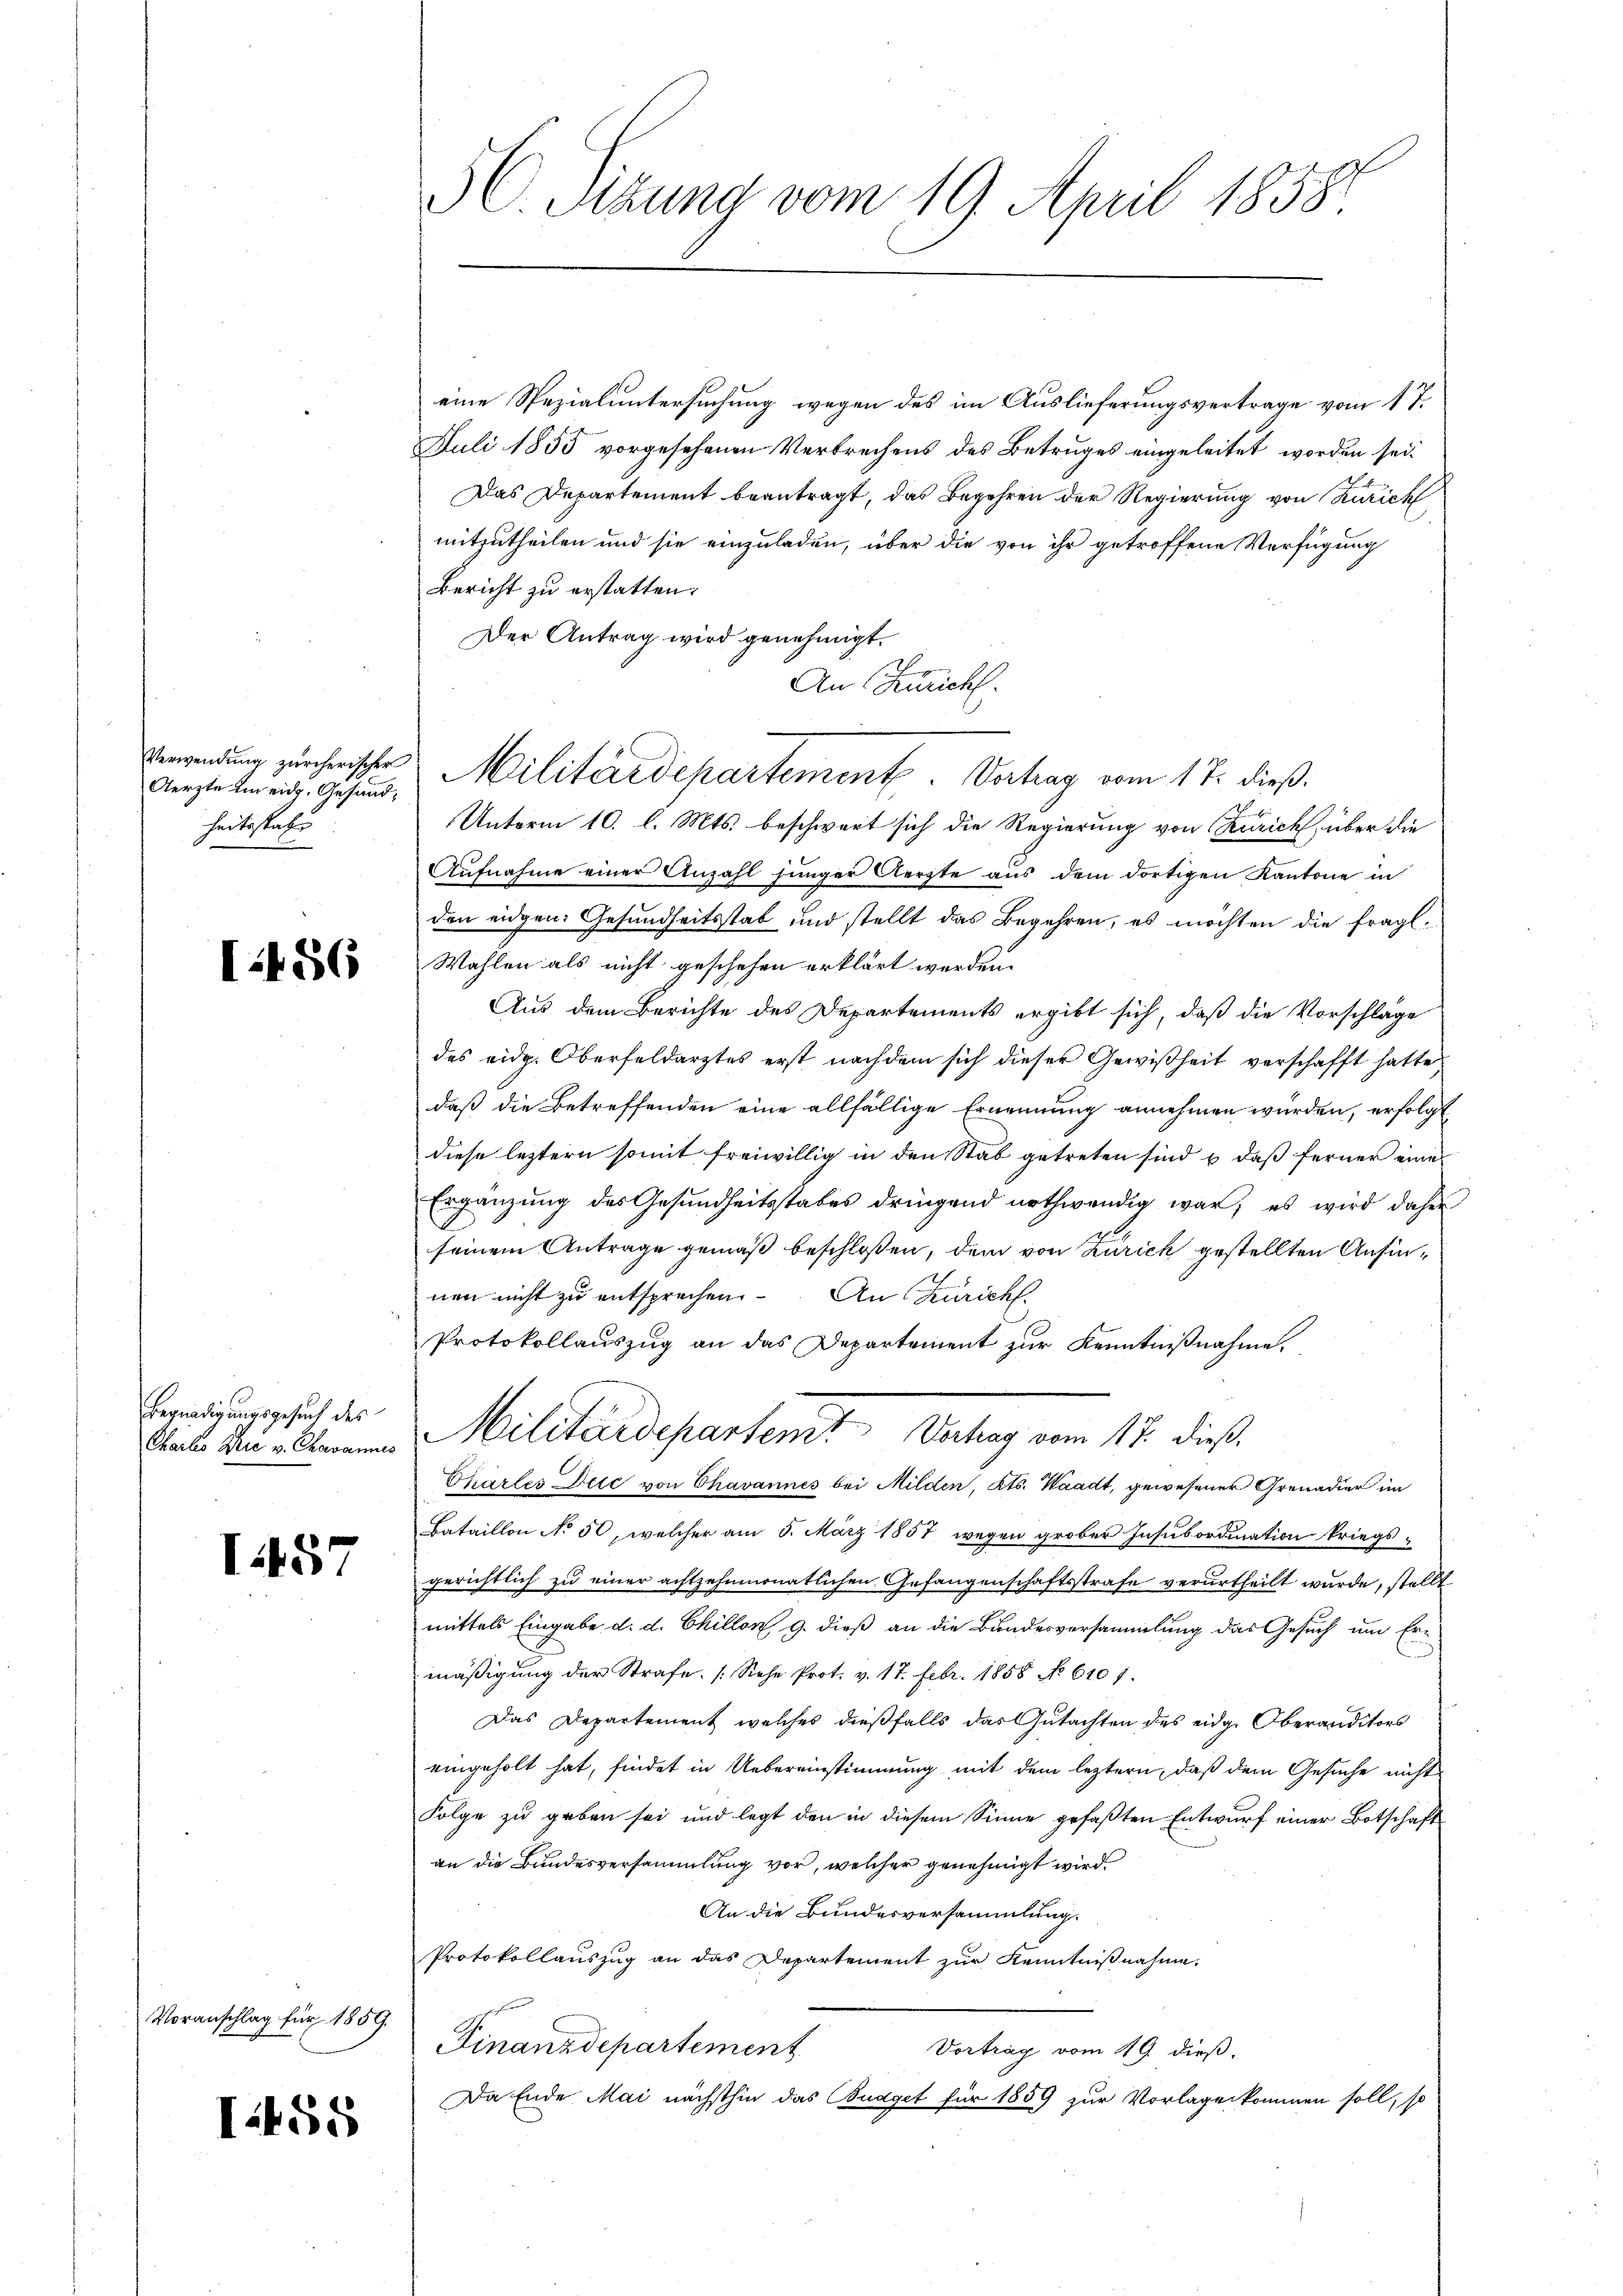
Aerzte um eidg. Gesund,
heitsstabe

I:486

Begnadigungsgesuch des

I457

Voranschlag für 1859.

I458

eine Spezialuntersuchung wegen des im Auslieferungsvertrage vom 17.
Juli 1855 vorgesehenen Verbrechens des Betruges eingeleitet worden sei.
Das Departement beantragt, das Begehren der Regierung von Zürich
mitzutheilen und sie einzuladen, über die von ihr getroffene Verfügung
Bericht zu erstatten;
Der Antrag wird genehmigt.
2
An Zürich.
Unterm 10. l. Mts. beschwert sich die Regierung von Zürich, über die
Aufnahme einer Anzahl junger Aerzte aus dem dortigen Kantone in
den eidgen: Gesundheitsstab und stellt das Begehren, es möchten die fragl.
Wahlen als nicht geschehen erklärt werden.
Aus dem Berichte des Departements ergibt sich, daß die Vorschläge
des eidg. Oberfeldarztes erst nachdem sich dieser Gewißheit verschafft hatte,
daß die Betreffenden eine allfällige Ernennung annehmen würden, erfolgt
diese letztern somit freiwillig in den Stab getreten sind u. daß ferner eine
Ergänzung des Gesundheitsstabes dringend nothwendig war, es wird daher
seinem Antrage gemäß beschloßen, dem von Zürich gestellten Ansinnen nicht zu entsprechen. An Zürich.
Protokollauszug an das Departement zur Kenntnißnahme.
Chabe in Obmann Militärdepartent Verhag vom 17. dieß,
Thartes Die von Chavannes bei Milden, Kts. Waadt, gewesener Grenadier im
Bataillon No 50, welcher am 5. März 1857 wegen grober Insubordination kriegsgerichtlich zu einer achtzehnmonatlichen Gefangenschaftsstrafe verurtheilt wurde, stellt
mittels Eingabe d. d. Chillon 9. dieß an die Bundesversammlung das Gesuch um Ermäßigung der Strafe. (Siehe Prot. v. 17. Febr. 1858 No 610.
Das Departement, welches dießfalls das Gutachten des eidg. Oberanditors
eingeholt hat, findet in Uebereinstimmung mit dem leztern, daß dem Gesuche nicht
Folge zu geben sei und legt den in diesem Sinne gefaßten Entwurf einer Botschaft
an die Bundesversammlung vor, welcher genehmigt wird.
An die Bundesversammlung.
Protokollauszug an das Departement zur Kenntnißnahme.
Finanzdepartement
Vortrag vom 19. dieß,
Da Ende Mai nächsthin das Budget für 1859 zur Vorlage kommen soll, so

C. Sitzung vom 19. April 1858

Verwendŭng zürcherischer Militärdepartement. Vertrag vom 17. dieß¬